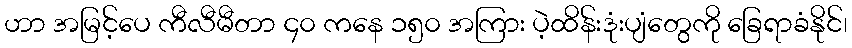
ဟာ အမြင့်ပေ ကီလီမီတာ ၄၀ ကနေ ၁၅၀ အကြား ပဲ့ထိန်းဒုံးပျံတွေကို ခြေရာခံနိုင်၊